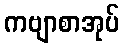
ကဗျာစာအုပ်